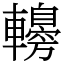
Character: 䡻